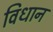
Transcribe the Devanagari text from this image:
विधान